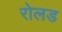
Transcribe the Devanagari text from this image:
रोलड